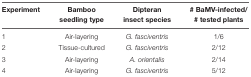
| Experiment | Bamboo seedling type | Dipteran insect species | # BaMV-infected/# tested plants |
 | --- | --- | --- | --- |
 | 1 | Air-layering | G. fasciventris | 1/6 |
 | 2 | Tissue-cultured | G. fasciventris | 2/12 |
 | 3 | Air-layering | A. orientalis | 2/14 |
 | 4 | Air-layering | G. fasciventris | 5/12 |